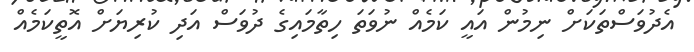
އެދުވަސްތަކަށް ނިމުން އައީ ކަމެއް ނުވަތަ ހިތާމައިގެ ދުވަސް އަދި ކުރިޔަށް އޮތީކަމެއް